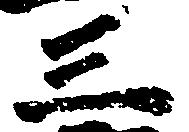
三